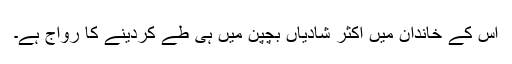
اس کے خاندان میں اکثر شادیاں بچپن میں ہی طے کردینے کا رواج ہے۔